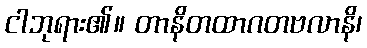
ငါဘုရား၏။ တာနိတထာဂတဗလာနိ၊